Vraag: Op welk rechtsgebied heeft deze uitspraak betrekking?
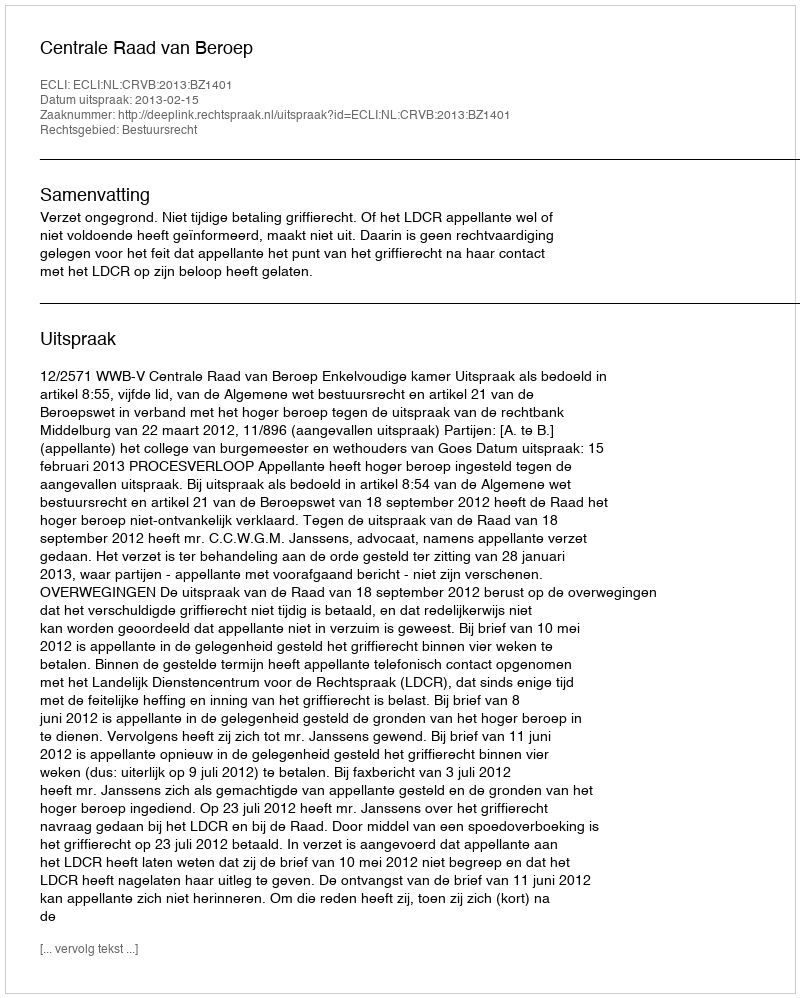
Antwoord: Bestuursrecht